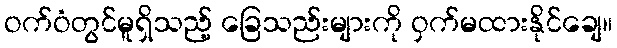
ဝက်ဝံတွင်မူရှိသည့် ခြေသည်းများကို ဝှက်မထားနိုင်ချေ။